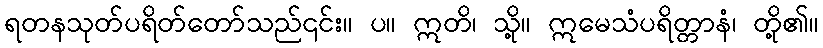
ရတနသုတ်ပရိတ်တော်သည်၎င်း။ ပ။ ဣတိ၊ သို့။ ဣမေသံပရိတ္တာနံ၊ တို့၏။